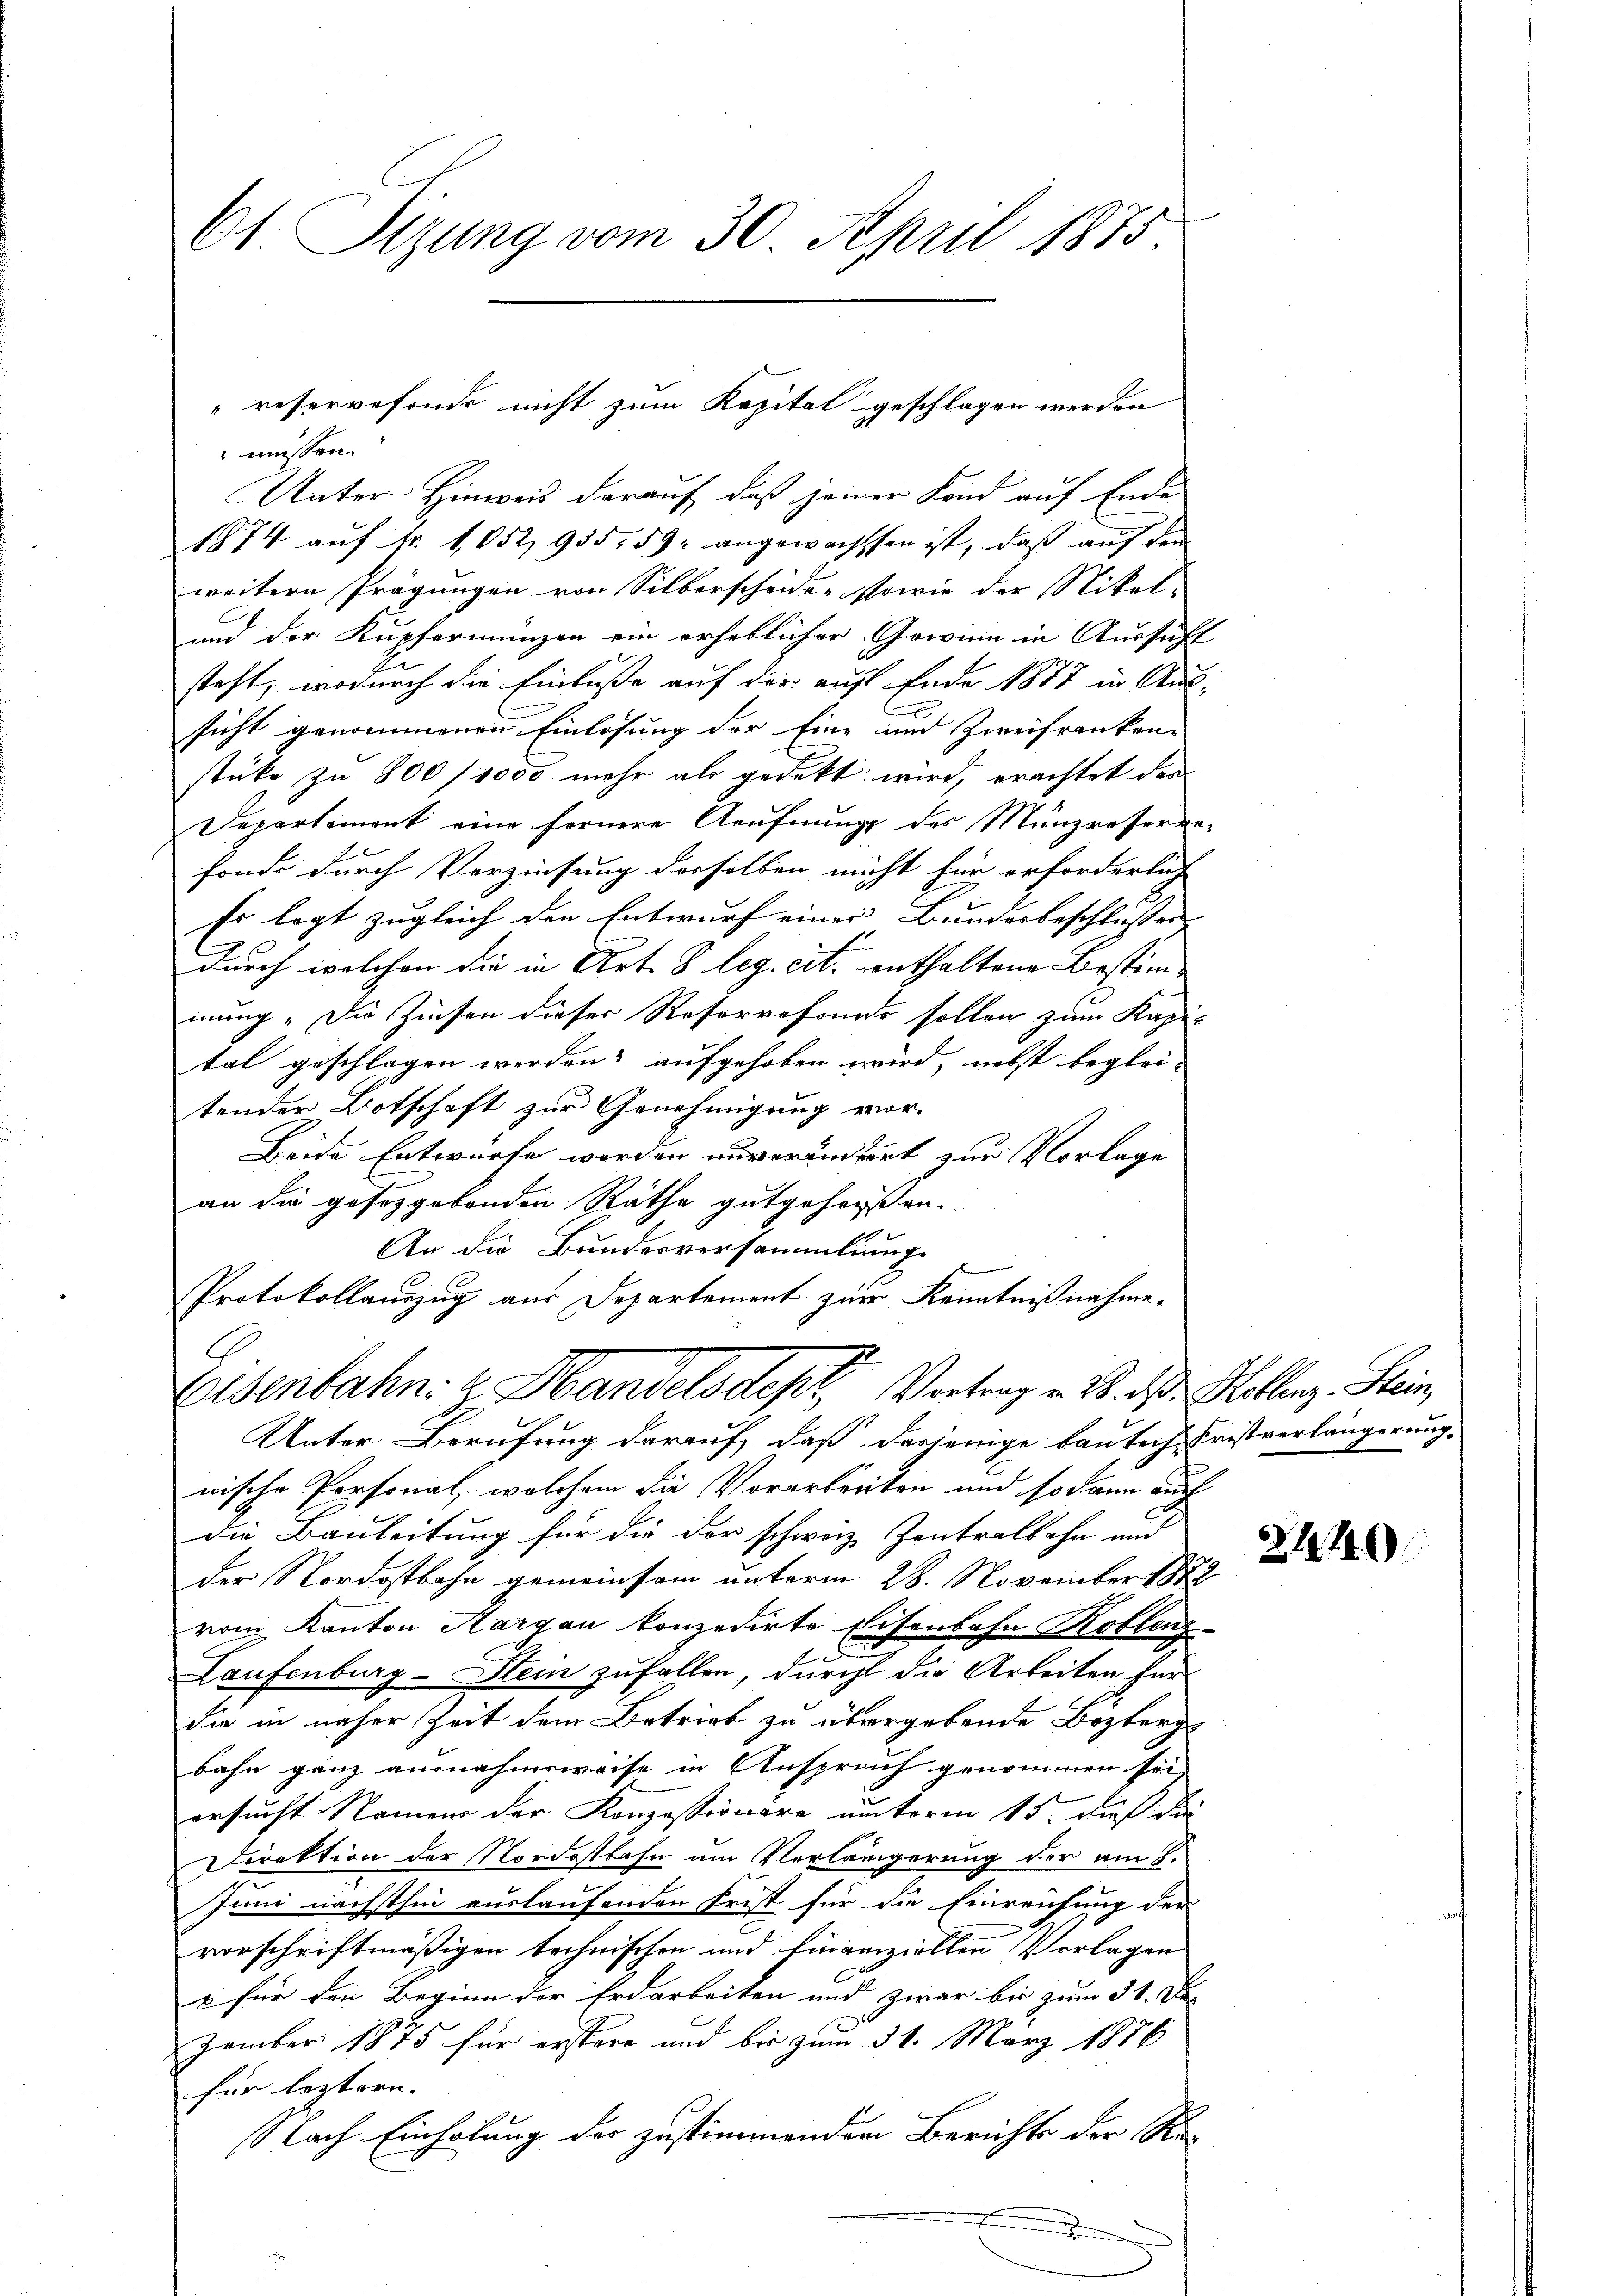
61. Sizung vom 30. April 1875.

müssen.
Unter Hinweis darauf, daß jener Fond auf Ende
1874 aŭf fr. 1052, 935. 59. angewachsten ist, daβ aŭf dem
weitern Prägungen von Silberscheiden sowie der Nikol- |
und der Kupfermünzen ein erheblicher Gewinn in Aussicht
steht, wodurch die Einlaße auf der auf Ende 1877 in Aus-
sicht genommenen Einlösung der Eine und Zweifranken-
stüke zu 800/1000 mehr als gedekt wird, erachtet des
Departement eine fernere Aeufnung des Münzreserge-
fonde durch Verzinsung derselben nicht für erforderlich
Es legt zugleich den Entwurf einer Bundesbeschlossen
durch welchen die in Art. 8 leg. cit. enthaltene Bestim-
mung „Die Zinsen dieser Reservefonds sollen zum Kapi-
tal geschlagen werden, aufgehoben wird, nebst beglei-
tender Botschaft zur Genehmigung vor-
Beide Entwurfe werden unverändert zur Vorlage
an die gesetzgebenden Räthe gutgeheißen.
An die Bundesversammlung
Protokollauszug aus Departement zur Kenntnißnahme.
Eisenbahn z. Handelsdept Vortrag v. 18. das Hollenz Stein,
Unter Berufung darauf, daß dasjenige bautech Fristverlängerung
nische Personal, welchem die Vorarbeiten und sodann auch
die Bauleitung für die der schweiz. Kontralbahn und
der Nordostbahn gemeinsam unterm 28. November 1872
vom Kanton Aargau konzedirte Eisenbahn Roblenz-
Laufenburg-Stein zufallen, durch die Arbeiten für
die in näher Zeit dem Betrieb zu übergebende Bozberg
bahn ganz ausnahmsweise in Anspruch genommen sei,
ersucht Namen der Konzessionäre unterm 15. dieß die
Direktion der Nordostbahn um Verlängerung der am 8.
Juni nächsthin auslaufenden Frist für die Einreichung der
vorschriftmäßigen technischen und Einverziellen Vorlagen
x für den Beginn der Erdarbeiten und zwar bis zum 31. Der
zember 1875 für erstere und bis zum 31. März 1876
für leztern.
Nach Einholung der zustimmenden Berichts der Re-

reservefonde nicht zum Kapital geschlagen werden

2140.